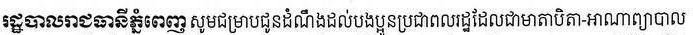
រដ្ឋបាលរាជធានី សូមជម្រាបជូនដំណឹងដល់បងប្អូនប្រជាពលរដ្ឋដែលជាមាតាបិតា-អាណាព្យបាល